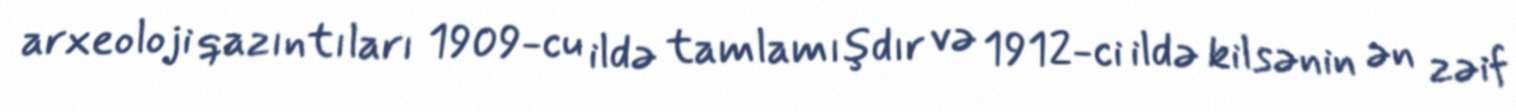
arxeoloji qazıntıları 1909-cu ildə tamlamışdır və 1912-ci ildə kilsənin ən zəif